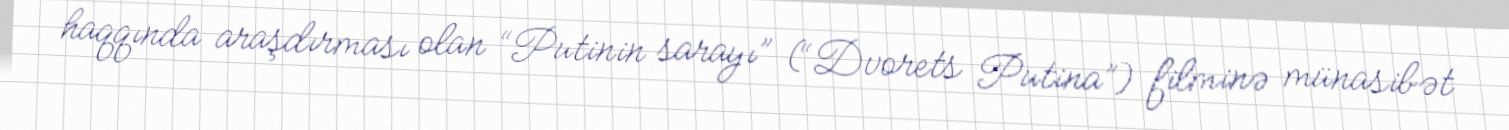
haqqında araşdırması olan “Putinin sarayı” (“Dvorets Putina”) filminə münasibət